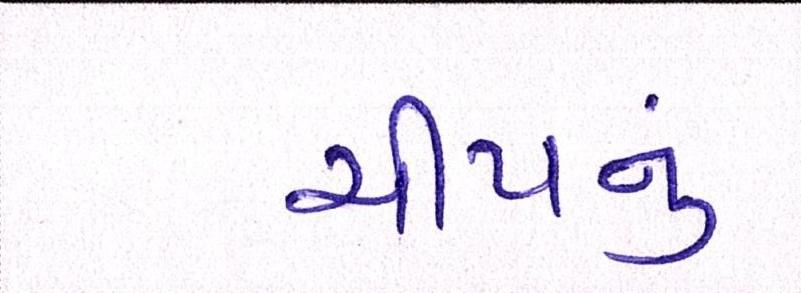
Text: ચીપનું